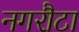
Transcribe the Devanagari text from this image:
नगरौटा